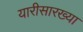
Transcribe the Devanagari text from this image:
यारीसारख्या